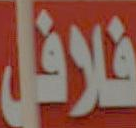
فلافل